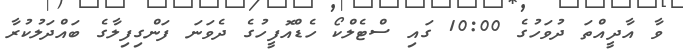
ވާ އާދީއްތަ ދުވަހުގެ 10:00 ގައި ސްޓެލްކޯ ހެޑްއޮފީހުގެ ދެވަނަ ފަންގިފިލާގެ ބައްދަލުކުރާ